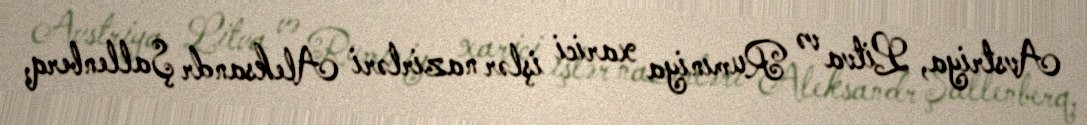
Avstriya, Litva və Rumıniya xarici işlər nazirləri Aleksandr Şallenberq,